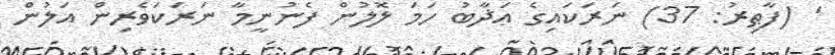
' (ފާޠިރު: 37) ނަރަކައިގެ ޢަޛާބު ހަމަ ލޮލުން ފެނުނީމާ ނަރަކަވެރިން އަލުން